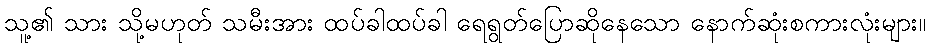
သူ့၏ သား သို့မဟုတ် သမီးအား ထပ်ခါထပ်ခါ ရေရွတ်ပြောဆိုနေသော နောက်ဆုံးစကားလုံးများ။